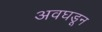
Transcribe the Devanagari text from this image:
अवघडून